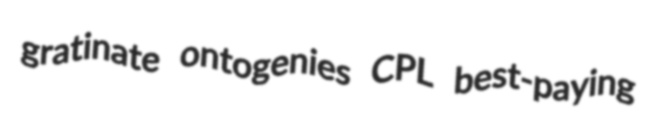
gratinate ontogenies CPL best-paying